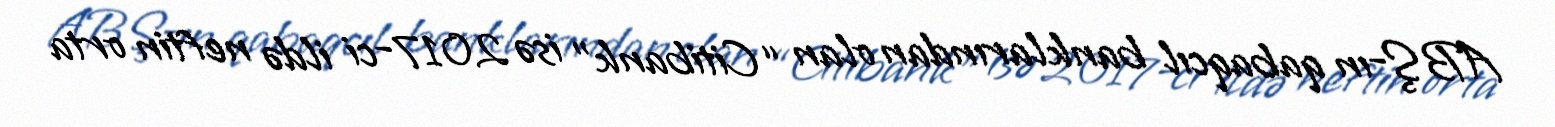
ABŞ-ın qabaqcıl banklarından olan “Citibank” isə 2017-ci ildə neftin orta